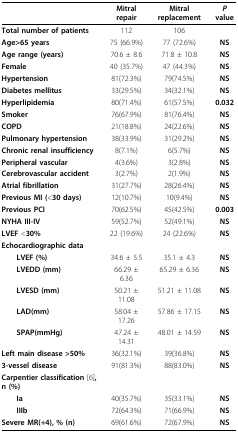
<table><thead><tr><td></td><td><b>Mitral repair</b></td><td><b>Mitral replacement</b></td><td><b><i>P </i>value</b></td></tr></thead><tbody><tr><td><b>Total number of patients</b></td><td>112</td><td>106</td><td></td></tr><tr><td><b>Age&gt;65 years</b></td><td>75 (66.9%)</td><td>77 (72.6%)</td><td><b>NS</b></td></tr><tr><td><b>Age range (years)</b></td><td>70.6 ± 8.6</td><td>71.8 ± 10.8</td><td><b>NS</b></td></tr><tr><td><b>Female</b></td><td>40 (35.7%)</td><td>47 (44.3%)</td><td><b>NS</b></td></tr><tr><td><b>Hypertension</b></td><td>81(72.3%)</td><td>79(74.5%)</td><td><b>NS</b></td></tr><tr><td><b>Diabetes mellitus</b></td><td>33(29.5%)</td><td>34(32.1%)</td><td><b>NS</b></td></tr><tr><td><b>Hyperlipidemia</b></td><td>80(71.4%)</td><td>61(57.5%)</td><td><b>0.032</b></td></tr><tr><td><b>Smoker</b></td><td>76(67.9%)</td><td>81(76.4%)</td><td><b>NS</b></td></tr><tr><td><b>COPD</b></td><td>21(18.8%)</td><td>24(22.6%)</td><td><b>NS</b></td></tr><tr><td><b>Pulmonary hypertension</b></td><td>38(33.9%)</td><td>31(29.2%)</td><td><b>NS</b></td></tr><tr><td><b>Chronic renal insufficiency</b></td><td>8(7.1%)</td><td>6(5.7%)</td><td><b>NS</b></td></tr><tr><td><b>Peripheral vascular</b></td><td>4(3.6%)</td><td>3(2.8%)</td><td><b>NS</b></td></tr><tr><td><b>Cerebrovascular accident</b></td><td>3(2.7%)</td><td>2(1.9%)</td><td><b>NS</b></td></tr><tr><td><b>Atrial fibrillation</b></td><td>31(27.7%)</td><td>28(26.4%)</td><td><b>NS</b></td></tr><tr><td><b>Previous MI(</b>&lt;<b>30 days)</b></td><td>12(10.7%)</td><td>10(9.4%)</td><td><b>NS</b></td></tr><tr><td><b>Previous PCI</b></td><td>70(62.5%)</td><td>45(42.5%)</td><td><b>0.003</b></td></tr><tr><td><b>NYHA III-IV</b></td><td>59(52.7%)</td><td>52(49.1%)</td><td><b>NS</b></td></tr><tr><td><b>LVEF </b>&lt;<b>30%</b></td><td>22 (19.6%)</td><td>24 (22.6%)</td><td><b>NS</b></td></tr><tr><td><b>Echocardiographic data</b></td><td></td><td></td><td></td></tr><tr><td> <b>LVEF (%)</b></td><td>34.6 ± 5.5</td><td>35.1 ± 4.3</td><td><b>NS</b></td></tr><tr><td> <b>LVEDD (mm)</b></td><td>66.29 ± 6.36</td><td>65.29 ± 6.36</td><td><b>NS</b></td></tr><tr><td> <b>LVESD (mm)</b></td><td>50.21 ± 11.08</td><td>51.21 ± 11.08</td><td><b>NS</b></td></tr><tr><td> <b>LAD(mm)</b></td><td>58.04 ± 17.26</td><td>57.86 ± 17.15</td><td><b>NS</b></td></tr><tr><td> <b>SPAP(mmHg)</b></td><td>47.24 ± 14.31</td><td>48.01 ± 14.59</td><td><b>NS</b></td></tr><tr><td><b>Left main disease &gt;50%</b></td><td>36(32.1%)</td><td>39(36.8%)</td><td><b>NS</b></td></tr><tr><td><b>3-vessel disease</b></td><td>91(81.3%)</td><td>88(83.0%)</td><td><b>NS</b></td></tr><tr><td><b>Carpentier classification</b>[6]<b>, n (%)</b></td><td></td><td></td><td></td></tr><tr><td> <b>Ia</b></td><td>40(35.7%)</td><td>35(33.1%)</td><td><b>NS</b></td></tr><tr><td> <b>IIIb</b></td><td>72(64.3%)</td><td>71(66.9%)</td><td><b>NS</b></td></tr><tr><td><b>Severe MR(+4), % (n)</b></td><td>69(61.6%)</td><td>72(67.9%)</td><td><b>NS</b></td></tr></tbody></table>